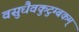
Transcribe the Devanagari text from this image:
वसुधैवकुटुम्बकम्